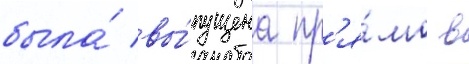
была́ вы́пущена пр'я́мо в